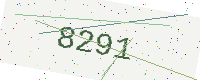
Text: 8291